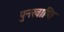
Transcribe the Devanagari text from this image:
पुनरवाप्ति